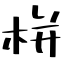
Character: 栟